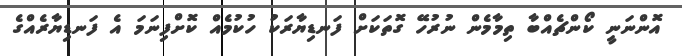
އޮންނަނީ ކޯންޗެއްބާ ތިމާމެން ނުރުހޭ ގޮތަކަށް ފަނޑިޔާރަކު ހުކުމެއް ކޮށްފިނަމަ އެ ފަނޑިޔާރެއްގެ